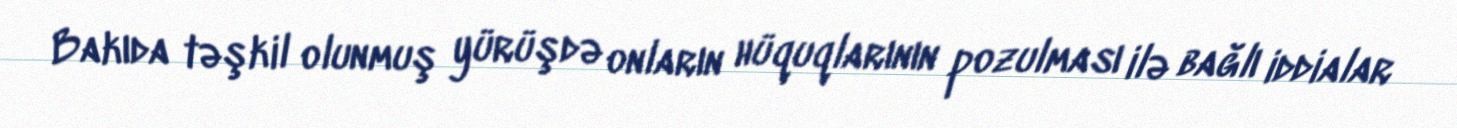
Bakıda təşkil olunmuş yürüşdə onların hüquqlarının pozulması ilə bağlı iddialar